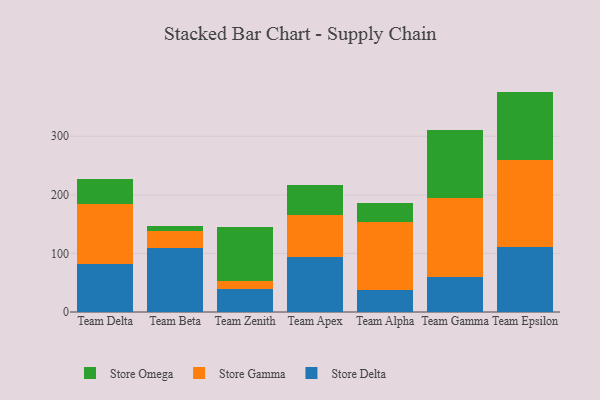
{"axis": {"x": "Team", "y": "Tickets Resolved"}, "legend": ["Store Delta", "Store Gamma", "Store Omega"], "data": [{"x": "Team Delta", "y": 81.3, "type": "Store Delta"}, {"x": "Team Delta", "y": 102.3, "type": "Store Gamma"}, {"x": "Team Delta", "y": 44.0, "type": "Store Omega"}, {"x": "Team Beta", "y": 109.9, "type": "Store Delta"}, {"x": "Team Beta", "y": 27.8, "type": "Store Gamma"}, {"x": "Team Beta", "y": 8.3, "type": "Store Omega"}, {"x": "Team Zenith", "y": 39.3, "type": "Store Delta"}, {"x": "Team Zenith", "y": 13.2, "type": "Store Gamma"}, {"x": "Team Zenith", "y": 92.5, "type": "Store Omega"}, {"x": "Team Apex", "y": 93.3, "type": "Store Delta"}, {"x": "Team Apex", "y": 72.8, "type": "Store Gamma"}, {"x": "Team Apex", "y": 51.2, "type": "Store Omega"}, {"x": "Team Alpha", "y": 37.2, "type": "Store Delta"}, {"x": "Team Alpha", "y": 117.0, "type": "Store Gamma"}, {"x": "Team Alpha", "y": 31.6, "type": "Store Omega"}, {"x": "Team Gamma", "y": 60.5, "type": "Store Delta"}, {"x": "Team Gamma", "y": 133.3, "type": "Store Gamma"}, {"x": "Team Gamma", "y": 117.6, "type": "Store Omega"}, {"x": "Team Epsilon", "y": 111.3, "type": "Store Delta"}, {"x": "Team Epsilon", "y": 147.8, "type": "Store Gamma"}, {"x": "Team Epsilon", "y": 117.2, "type": "Store Omega"}]}